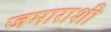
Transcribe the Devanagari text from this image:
जमाराशी